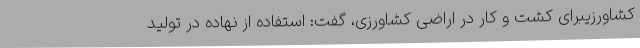
کشاورزیبرای کشت و کار در اراضی کشاورزی، گفت: استفاده از نهاده در تولید